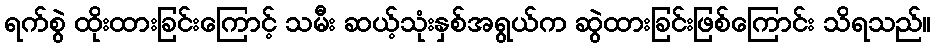
ရက်စွဲ ထိုးထားခြင်းကြောင့် သမီး ဆယ့်သုံးနှစ်အရွယ်က ဆွဲထားခြင်းဖြစ်ကြောင်း သိရသည်။